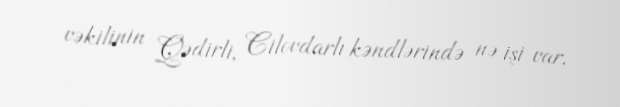
vəkilinin Qədirli, Cilovdarlı kəndlərində nə işi var.